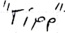
Text: "Tipp"